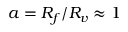
a = R _ { f } / R _ { v } \approx 1